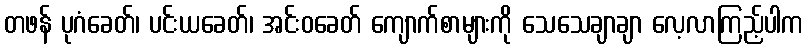
တဖန် ပုဂံခေတ်၊ ပင်းယခေတ်၊ အင်းဝခေတ် ကျောက်စာများကို သေသေချာချာ လေ့လာကြည့်ပါက